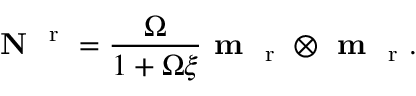
\textbf { N } ^ { \mathrm { ~ r ~ } } = \frac { \Omega } { 1 + \Omega \xi } \textbf { m } _ { \mathrm { ~ r ~ } } \otimes \textbf { m } _ { \mathrm { ~ r ~ } } .